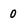
Character: 0